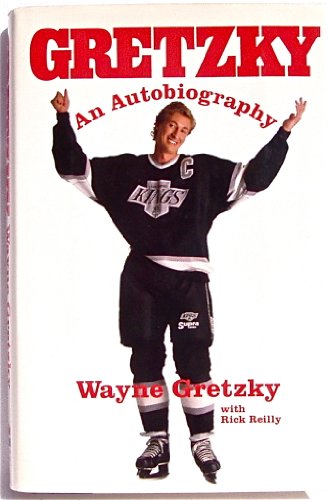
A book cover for Gretzky: An Autobiography; Wayne Gretzky; Biographies & Memoirs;